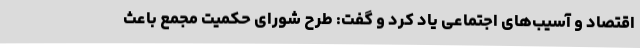
اقتصاد و آسیب‌های اجتماعی یاد کرد و گفت: طرح شورای حکمیت مجمع باعث